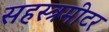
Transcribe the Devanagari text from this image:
सहस्त्रमीटर